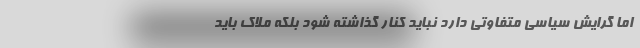
اما گرایش سیاسی متفاوتی دارد نباید کنار گذاشته شود بلکه ملاک باید